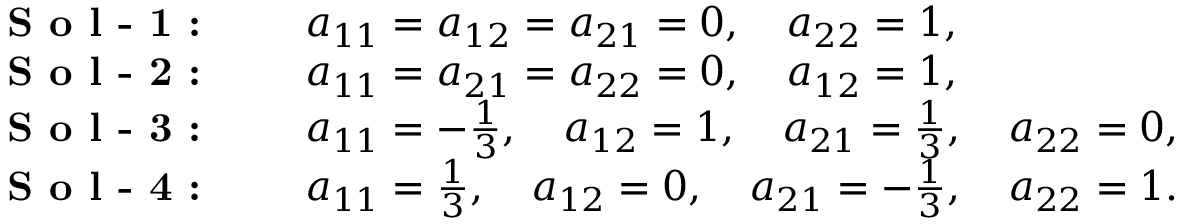
\begin{array} { r l } { \textbf { S o l - 1 : } \quad } & { a _ { 1 1 } = a _ { 1 2 } = a _ { 2 1 } = 0 , \quad a _ { 2 2 } = 1 , } \\ { \textbf { S o l - 2 : } \quad } & { a _ { 1 1 } = a _ { 2 1 } = a _ { 2 2 } = 0 , \quad a _ { 1 2 } = 1 , } \\ { \textbf { S o l - 3 : } \quad } & { a _ { 1 1 } = - \frac { 1 } { 3 } , \quad a _ { 1 2 } = 1 , \quad a _ { 2 1 } = \frac { 1 } { 3 } , \quad a _ { 2 2 } = 0 , } \\ { \textbf { S o l - 4 : } \quad } & { a _ { 1 1 } = \frac { 1 } { 3 } , \quad a _ { 1 2 } = 0 , \quad a _ { 2 1 } = - \frac { 1 } { 3 } , \quad a _ { 2 2 } = 1 . } \end{array}